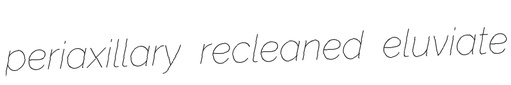
periaxillary recleaned eluviate